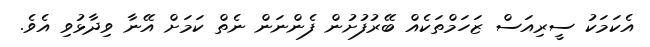
އެކަމަކު ސީރިއަސް ޒަހަމްތަކެއް ބޭރުފުށުން ފެންނަން ނެތް ކަމަށް އޭނާ ވިދާޅުވި އެވެ.